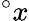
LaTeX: {}^{\circ}x